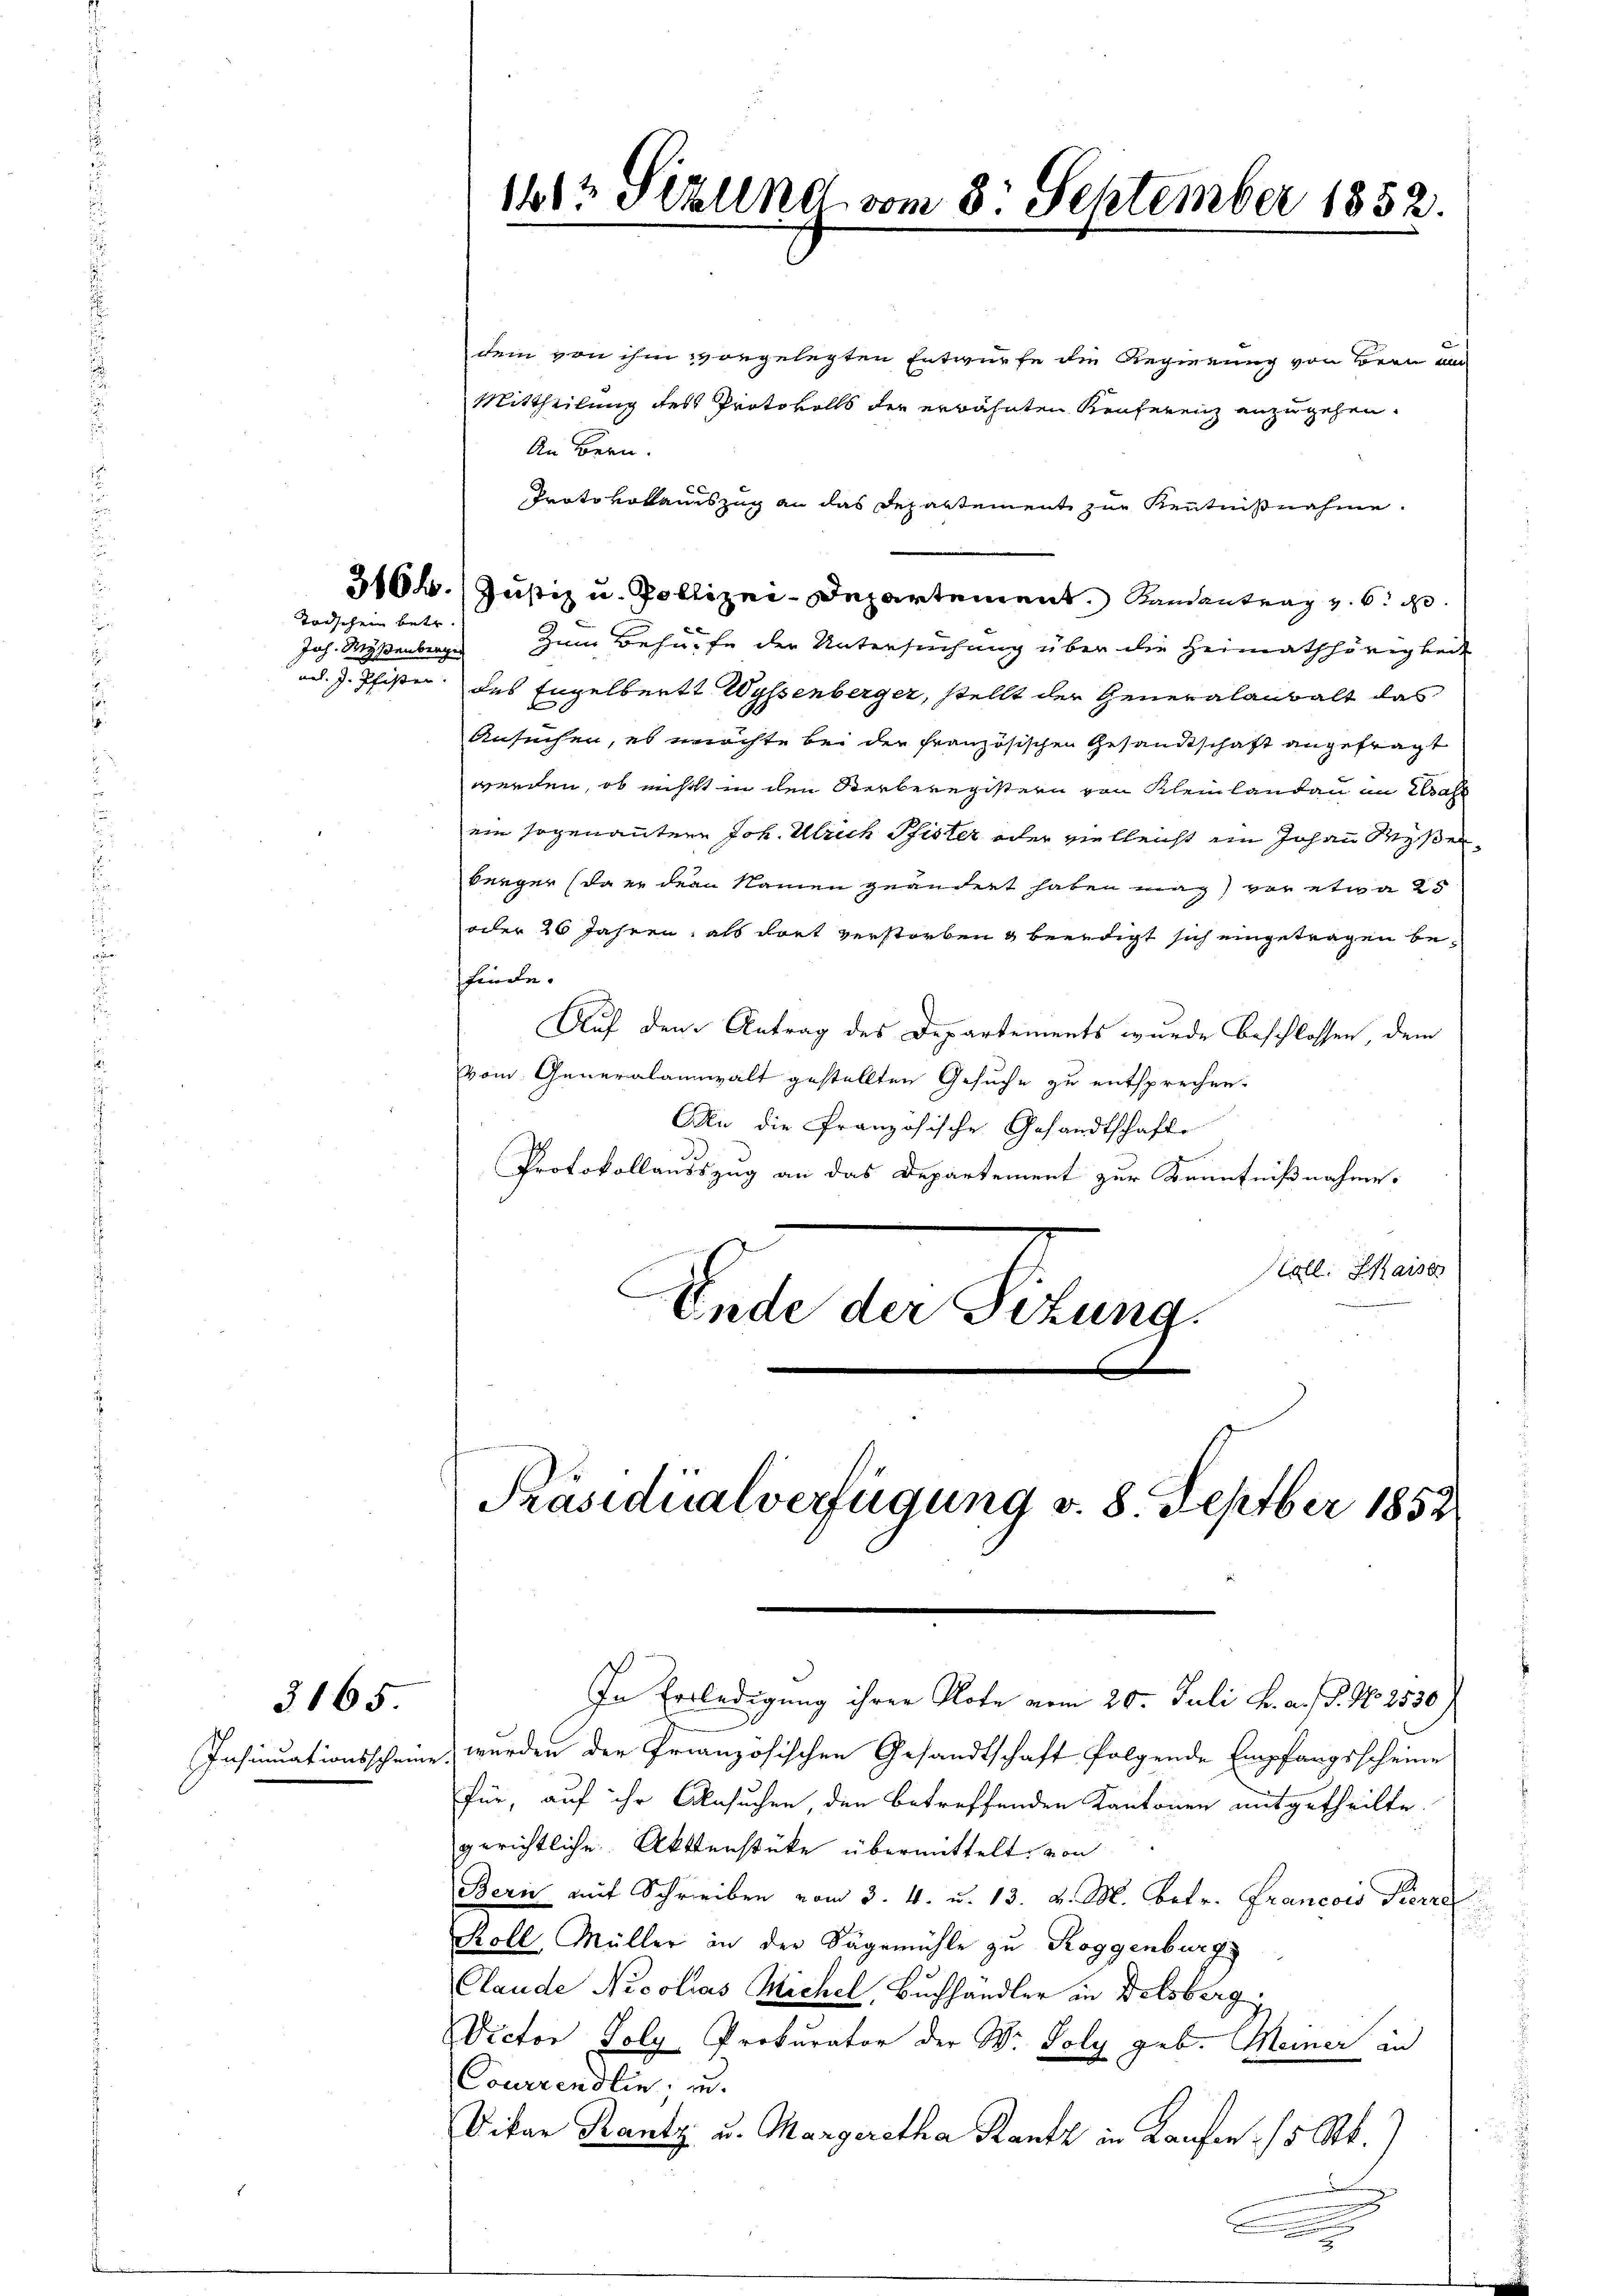
Todschein betr.

3165.

Insinuationsscheine

1612 Sizung vom 3. September 1852.

dem von ihm vorgelegten Entwurfe die Regierung von Bern um
Mittheilung des Protokolls der erwähnten Konferenz anzugehen.
An Bern.
Protokollauszug an das Departement zur Kenntnißnahme.
Joh. Myßenberge zum Behufe der Untersuchung über die Heimathörigkeit
ad. J. Pfister des Engelberts Wyssenberger, stellt der Generalanwalt das
Ansuchen, es möchte bei der französischen Gesandtschaft angefragt
werden, ob nichtst in den Sterberegistern von Kleinlandau an Wah
ein sogenanntere Joh. Ulrich Pfister oder vielleicht im Johann Meyer
bürger (da er der Namen geändert haben mag vor etwa 25
oder 26 Jahren, als dort verstorben & beredigt sich eingetragen befinde.
Auf dem Antrag des Departements wurde beschlossen, dem
vom Generalannwalt gestellten Gesuche zu entsprechen.
An die Französische Gesandtschafte
Protokollausszug an das Departement zur Kenntnißnahme.
Stoll. Kaise
Ende der Sitzung.

3164. / Justiz u. Polizei-Departement. Randantrag v. 6. d.

Präsidialverfügung v. 8. Septber 1852

In Erledigung ihrer Note vom 20. Juli K. a. P. No 2530)
werden der Französischen Gesandtschaft folgende Empfangsscheine
für, auf ihr Ansuchen, den betreffenden Kantonen mitgetheilte.
gerichtliche Aktenstüke übermittelt, von
Bern mit Schreiben vom 3. 4. u. 13. d. M. betr. Francois Pierre
Roll, Müller in der Sägemühle zu Roggenburg
Claude Nicolias Michel, Buchhändler in Delsberg g
Victor Poly Prokurator der W. Poly geb. Meiner in
Courrendlin, u.
Vikar Rantz u. Margaretha Rantz in Laufen (5 Stk.)